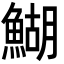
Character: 鰗